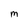
Character: m